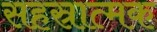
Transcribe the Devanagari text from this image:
सहस्रात्मक